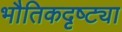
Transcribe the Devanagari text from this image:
भौतिकदृष्ट्या